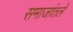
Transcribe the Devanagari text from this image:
समाजांतले